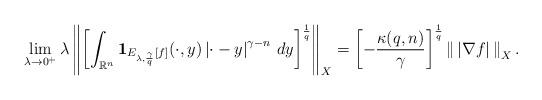
LaTeX: \begin{align*}\lim_{\lambda\to0^+}\lambda\left\|\left[\int_{\mathbb{R}^n}\mathbf{1}_{E_{\lambda,\frac{\gamma}{q}}[f]}(\cdot,y)\left|\cdot-y\right|^{\gamma-n}\,dy\right]^\frac{1}{q}\right\|_X=\left[-\frac{\kappa(q,n)}{\gamma}\right]^\frac{1}{q}\left\|\,\left|\nabla f\right|\,\right\|_{X}.\end{align*}